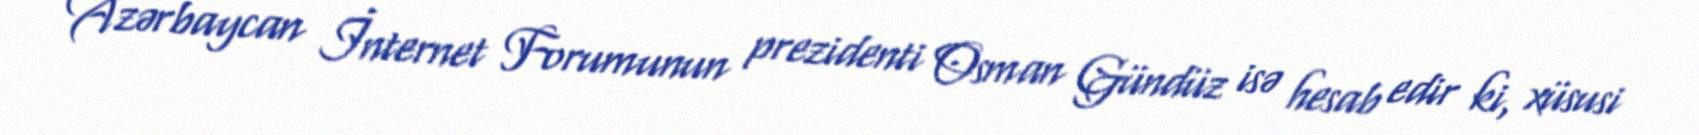
Azərbaycan İnternet Forumunun prezidenti Osman Gündüz isə hesab edir ki, xüsusi